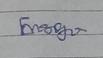
Signature authenticity: genuine